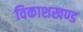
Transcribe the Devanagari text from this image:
विकाशखण्ड